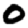
Digit: 0